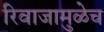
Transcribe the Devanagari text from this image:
रिवाजामुळेच